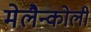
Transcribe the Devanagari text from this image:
मेलैन्कोली